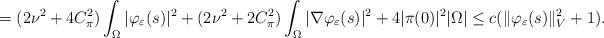
LaTeX: \begin{align*} = ( 2\nu^2 + 4 C^2_{\pi} ) \int_{\Omega} | \varphi_{\varepsilon} (s)|^2 + (2 \nu^2 + 2 C_{\pi}^2) \int_{\Omega} |\nabla \varphi_{\varepsilon}(s) |^2+ 4 |\pi(0)|^2 |\Omega|\leq c ( \| \varphi_{\varepsilon} (s) \|^2_V + 1).\end{align*}